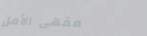
مقهى الأمل